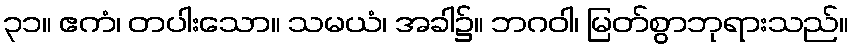
၃၁။ ဧကံ၊ တပါးသော။ သမယံ၊ အခါ၌။ ဘဂဝါ၊ မြတ်စွာဘုရားသည်။